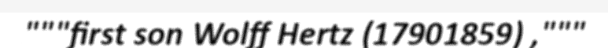
"""first son Wolff Hertz (17901859) ,"""